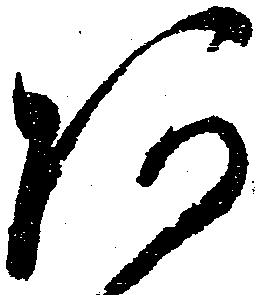
阿